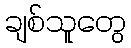
ချစ်သူတွေ